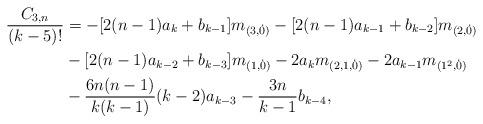
LaTeX: \begin{align*} \frac{C_{3,n}}{(k-5)!} &= - [2(n-1) a_k + b_{k-1}] m_{(3,\dot{0})} - [2(n-1) a_{k-1} + b_{k-2}] m_{(2,\dot{0})} \\ &- [2(n-1) a_{k-2} + b_{k-3}] m_{(1,\dot{0})} - 2a_k m_{(2,1,\dot{0})} - 2a_{k-1} m_{(1^2,\dot{0})} \\ &- \frac{6n(n-1)}{k(k-1)} (k-2) a_{k-3} - \frac{3n}{k-1} b_{k-4},\end{align*}